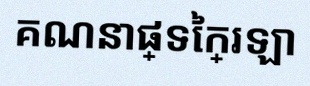
គណនាផ្ទៃក្រឡា